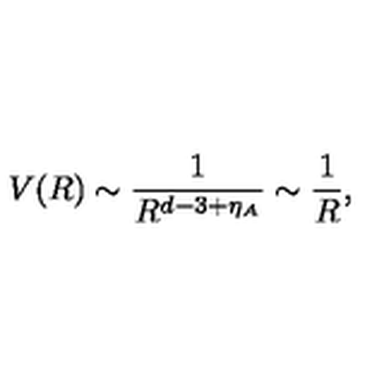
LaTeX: V ( R ) \sim \frac { 1 } { R ^ { d - 3 + \eta _ { A } } } \sim \frac { 1 } { R } ,